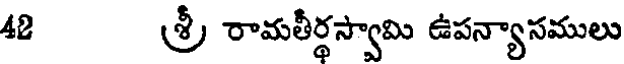
42 శ్రీ రామతీర్థస్వామి ఉపన్యాసములు